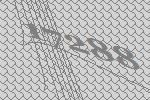
17288